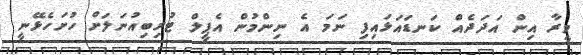
މީރާ އިން އަދަދެއް ކަނޑައަޅައިފި ނަމަ އެ ނިންމުން އެޕީލް ޓުރިބިއުނަލަށް ހުށަހެޅޭނީ